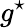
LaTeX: g^{\star}